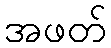
အဖတ်